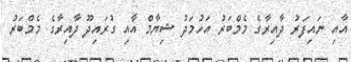
އާއި ނައިފަރު ދާއިރާގެ މެމްބަރު އަހުމަދު ޝިޔާމް އާއި ގުރައިދޫ ދާއިރާގެ މެމްބަރު